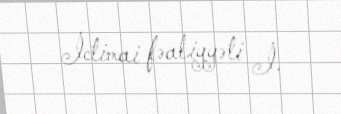
İctimai fəaliyyəti İ.